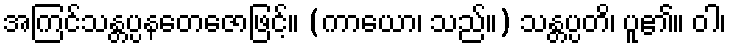
အကြင်သန္တပ္ပနတေဇောဖြင့်။ (ကာယော၊ သည်။) သန္တပ္ပတိ၊ ပူ၏။ ဝါ၊